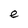
Character: e